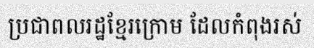
ប្រជាពលរដ្ឋខ្មែរក្រោម ដែលកំពុងរស់